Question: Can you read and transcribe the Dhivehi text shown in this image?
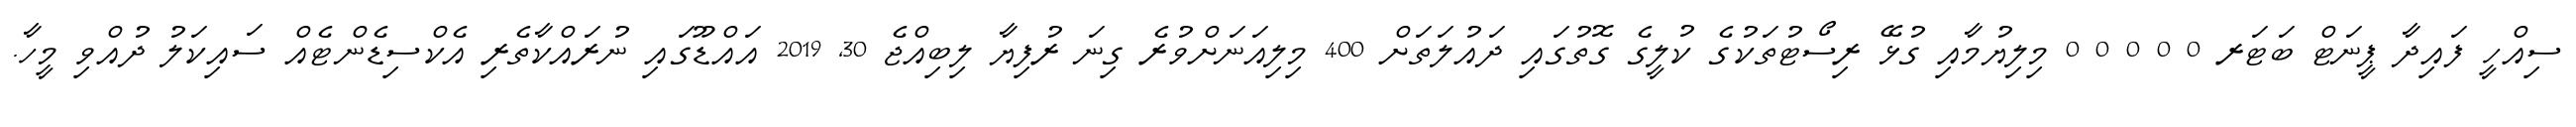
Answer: ސިއްހީ ފައިދާ ޕީނަޓް ބަޓަރ 0 0 0 0 0 މިލިޔުމާއި ގުޅޭ ރިސޯޓުތަކުގެ ކުލީގެ ގޮތުގައި ދައުލަތަށް 400 މިލިއަނަށްވުރެ ގިނަ ރުފިޔާ ލިބިއްޖެ 30, 2019 އައްޑޫގައި ނުރައްކާތެރި އެކްސިޑެންޓެއް ސައިކަލު ދުއްވި މީހާ.